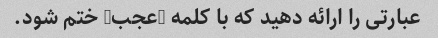
عبارتی را ارائه دهید که با کلمه "عجب" ختم شود.